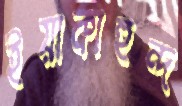
ইয়াকাহুন্দ